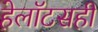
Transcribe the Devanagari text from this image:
हेलॉटसही